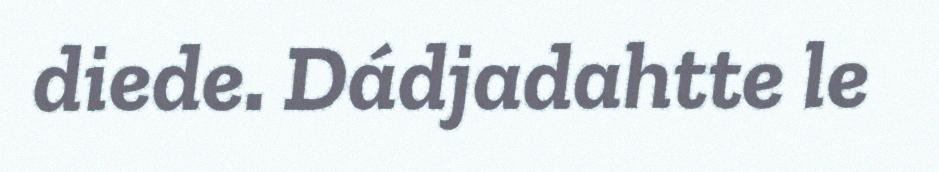
diede. Dádjadahtte le